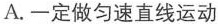
A.一定做匀速直线运动